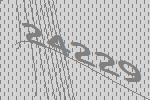
24229